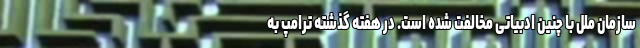
سازمان ملل با چنین ادبیاتی مخالفت شده است. در هفته گذشته ترامپ به